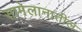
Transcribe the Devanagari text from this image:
सामेलानातील